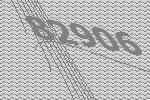
82906